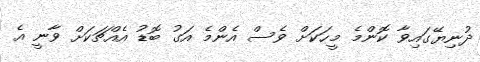
ދުނިޔޭގައިވާ ކޮންމެ މީހަކަށް ވެސް އެންމެ އަގު ބޮޑު އެއްޗަކަށް ވާނީ އެ